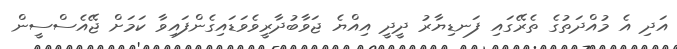
އަދި އެ މުއްދަތުގެ ތެރޭގައި ފަނޑިޔާރު ދީދީ އިއްޔެ ޖަވާބުދާރީވެވަޑައިގެންފައިވާ ކަމަށް ޖޭއެސްސީން